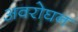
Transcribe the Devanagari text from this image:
अवरोघन